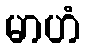
မာဟံ